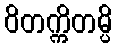
ဝိတက္ကိတမ္ပိ